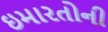
ઇમારતોની